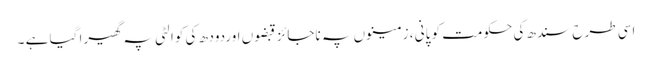
اسی طرح سندھ کی حکومت کو پانی ، زمینوں پہ ناجائز قبضوں اوردودھ کی کوالٹی پہ گھیرا گیا ہے ۔